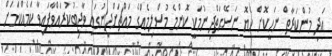
އަދި މުންކަރާތް ނަހީކޮށް ހެޔޮ ނަސޭޙަތްދިނުމަކީ ކޮންމެ މުސްލިމެއްގެ މައްޗަށްދީނުގައި ވާޖިބުކުރައްވާފައިވާ ކަމެއްކަމަށް